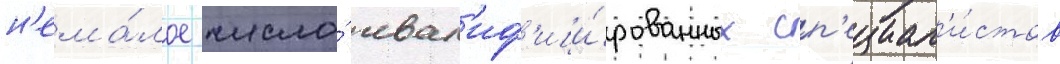
н'ема́лое число́ квал'иф'ици́рованных сп'ециал'и́стов